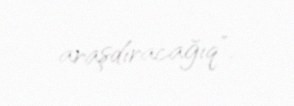
araşdıracağıq”.